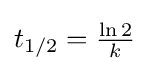
{\textstyle t_{1/2}={\frac {\ln 2}{k}}}